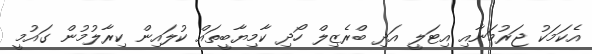
އެކަމަކު ޖަރުމަނާއި އިޓަލީ އަދި ބްރެޒިލް ހޯދި ކާމިޔާބީތައް ކުލައިން ކިރާލުމުން ގައުމީ